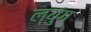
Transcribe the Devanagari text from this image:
ल्युंग